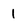
Character: 1